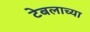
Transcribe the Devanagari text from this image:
टेबलाच्या